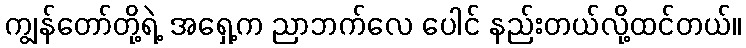
ကျွန်တော်တို့ရဲ့ အရှေ့က ညာဘက်လေ ပေါင် နည်းတယ်လို့ထင်တယ်။